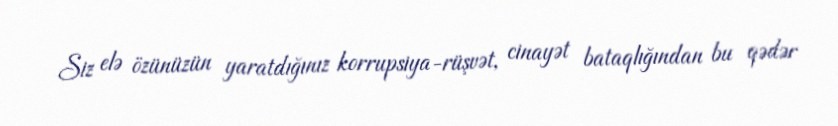
Siz elə özünüzün yaratdığınız korrupsiya-rüşvət, cinayət bataqlığından bu qədər